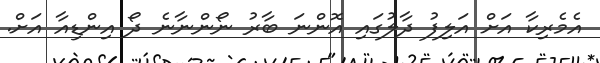
އެމެރިކާ އަށް އަލިފު ދާލުގައި އޮންނަ ބާރު ނޯންނާނެ ދޯ އިންޑިއާ އަށް.